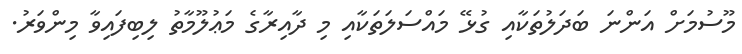
މޫސުމަށް އަންނަ ބަދަލުތަކާއި ގުޅޭ މައްސަލަތަކާއި މި ދާއިރާގެ މަޢުލޫމާތު ލިބިފައިވާ މިންވަރު.